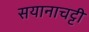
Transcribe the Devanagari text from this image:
सयानाचट्टी